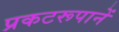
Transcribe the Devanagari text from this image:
प्रकटरूपानें